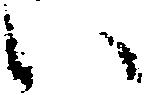
い